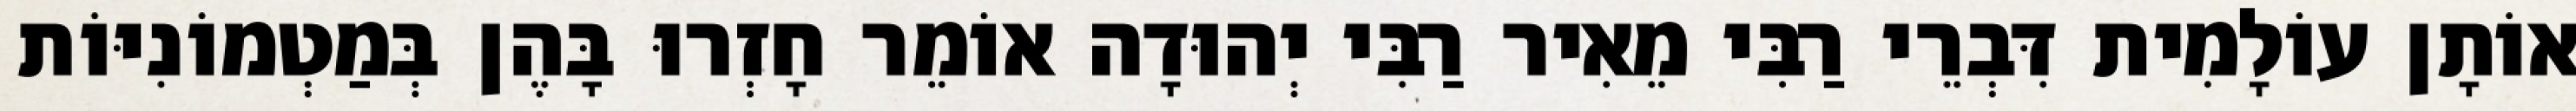
אוֹתָן עוֹלָמִית דִּבְרֵי רַבִּי מֵאִיר רַבִּי יְהוּדָה אוֹמֵר חָזְרוּ בָּהֶן בְּמַטְמוֹנִיּוֹת